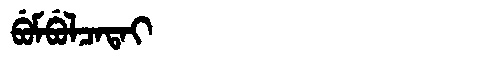
Manchu: ᠪᡠᠮᠪᡠᠯᠴᠠᡨᠠᡳ
Romanization: BUMBULCATAI